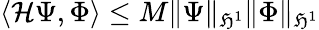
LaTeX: \langle\mathcal{H}\Psi,\Phi\rangle\le M\| \Psi\| _{\mathfrak{H}^{1}}\| \Phi\| _{\mathfrak{H}^{1}}